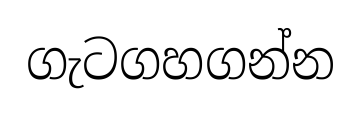
ගැටගහගන්න